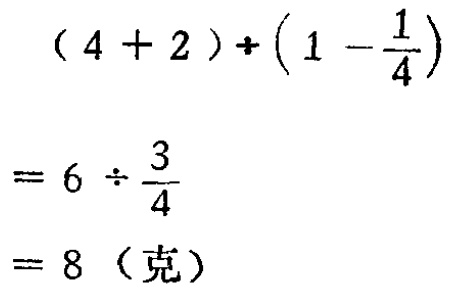
\((4 + 2)\div\left(1 - \frac{1}{4}\right)\)

\(= 6\div\frac{3}{4}\)

\(= 8\)（克）